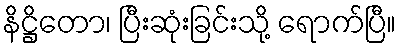
နိဋ္ဌိတော၊ ပြီးဆုံးခြင်းသို့ ရောက်ပြီ။